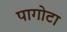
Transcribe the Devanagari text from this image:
पागोटा